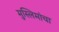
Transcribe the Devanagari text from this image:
मुस्लिमांचा